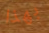
بهذا